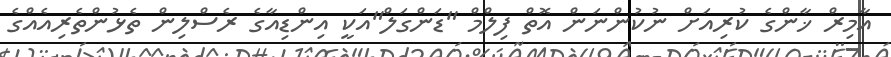
އާމިރް ޚާންގެ ކުރިއަށް ނުކުންނަން އޮތް ފިލްމް "ޑަންގަލް"އަކީ އިންޑިއާގެ ރެސްލިން ތެޅުންތެރިއެއްގެ